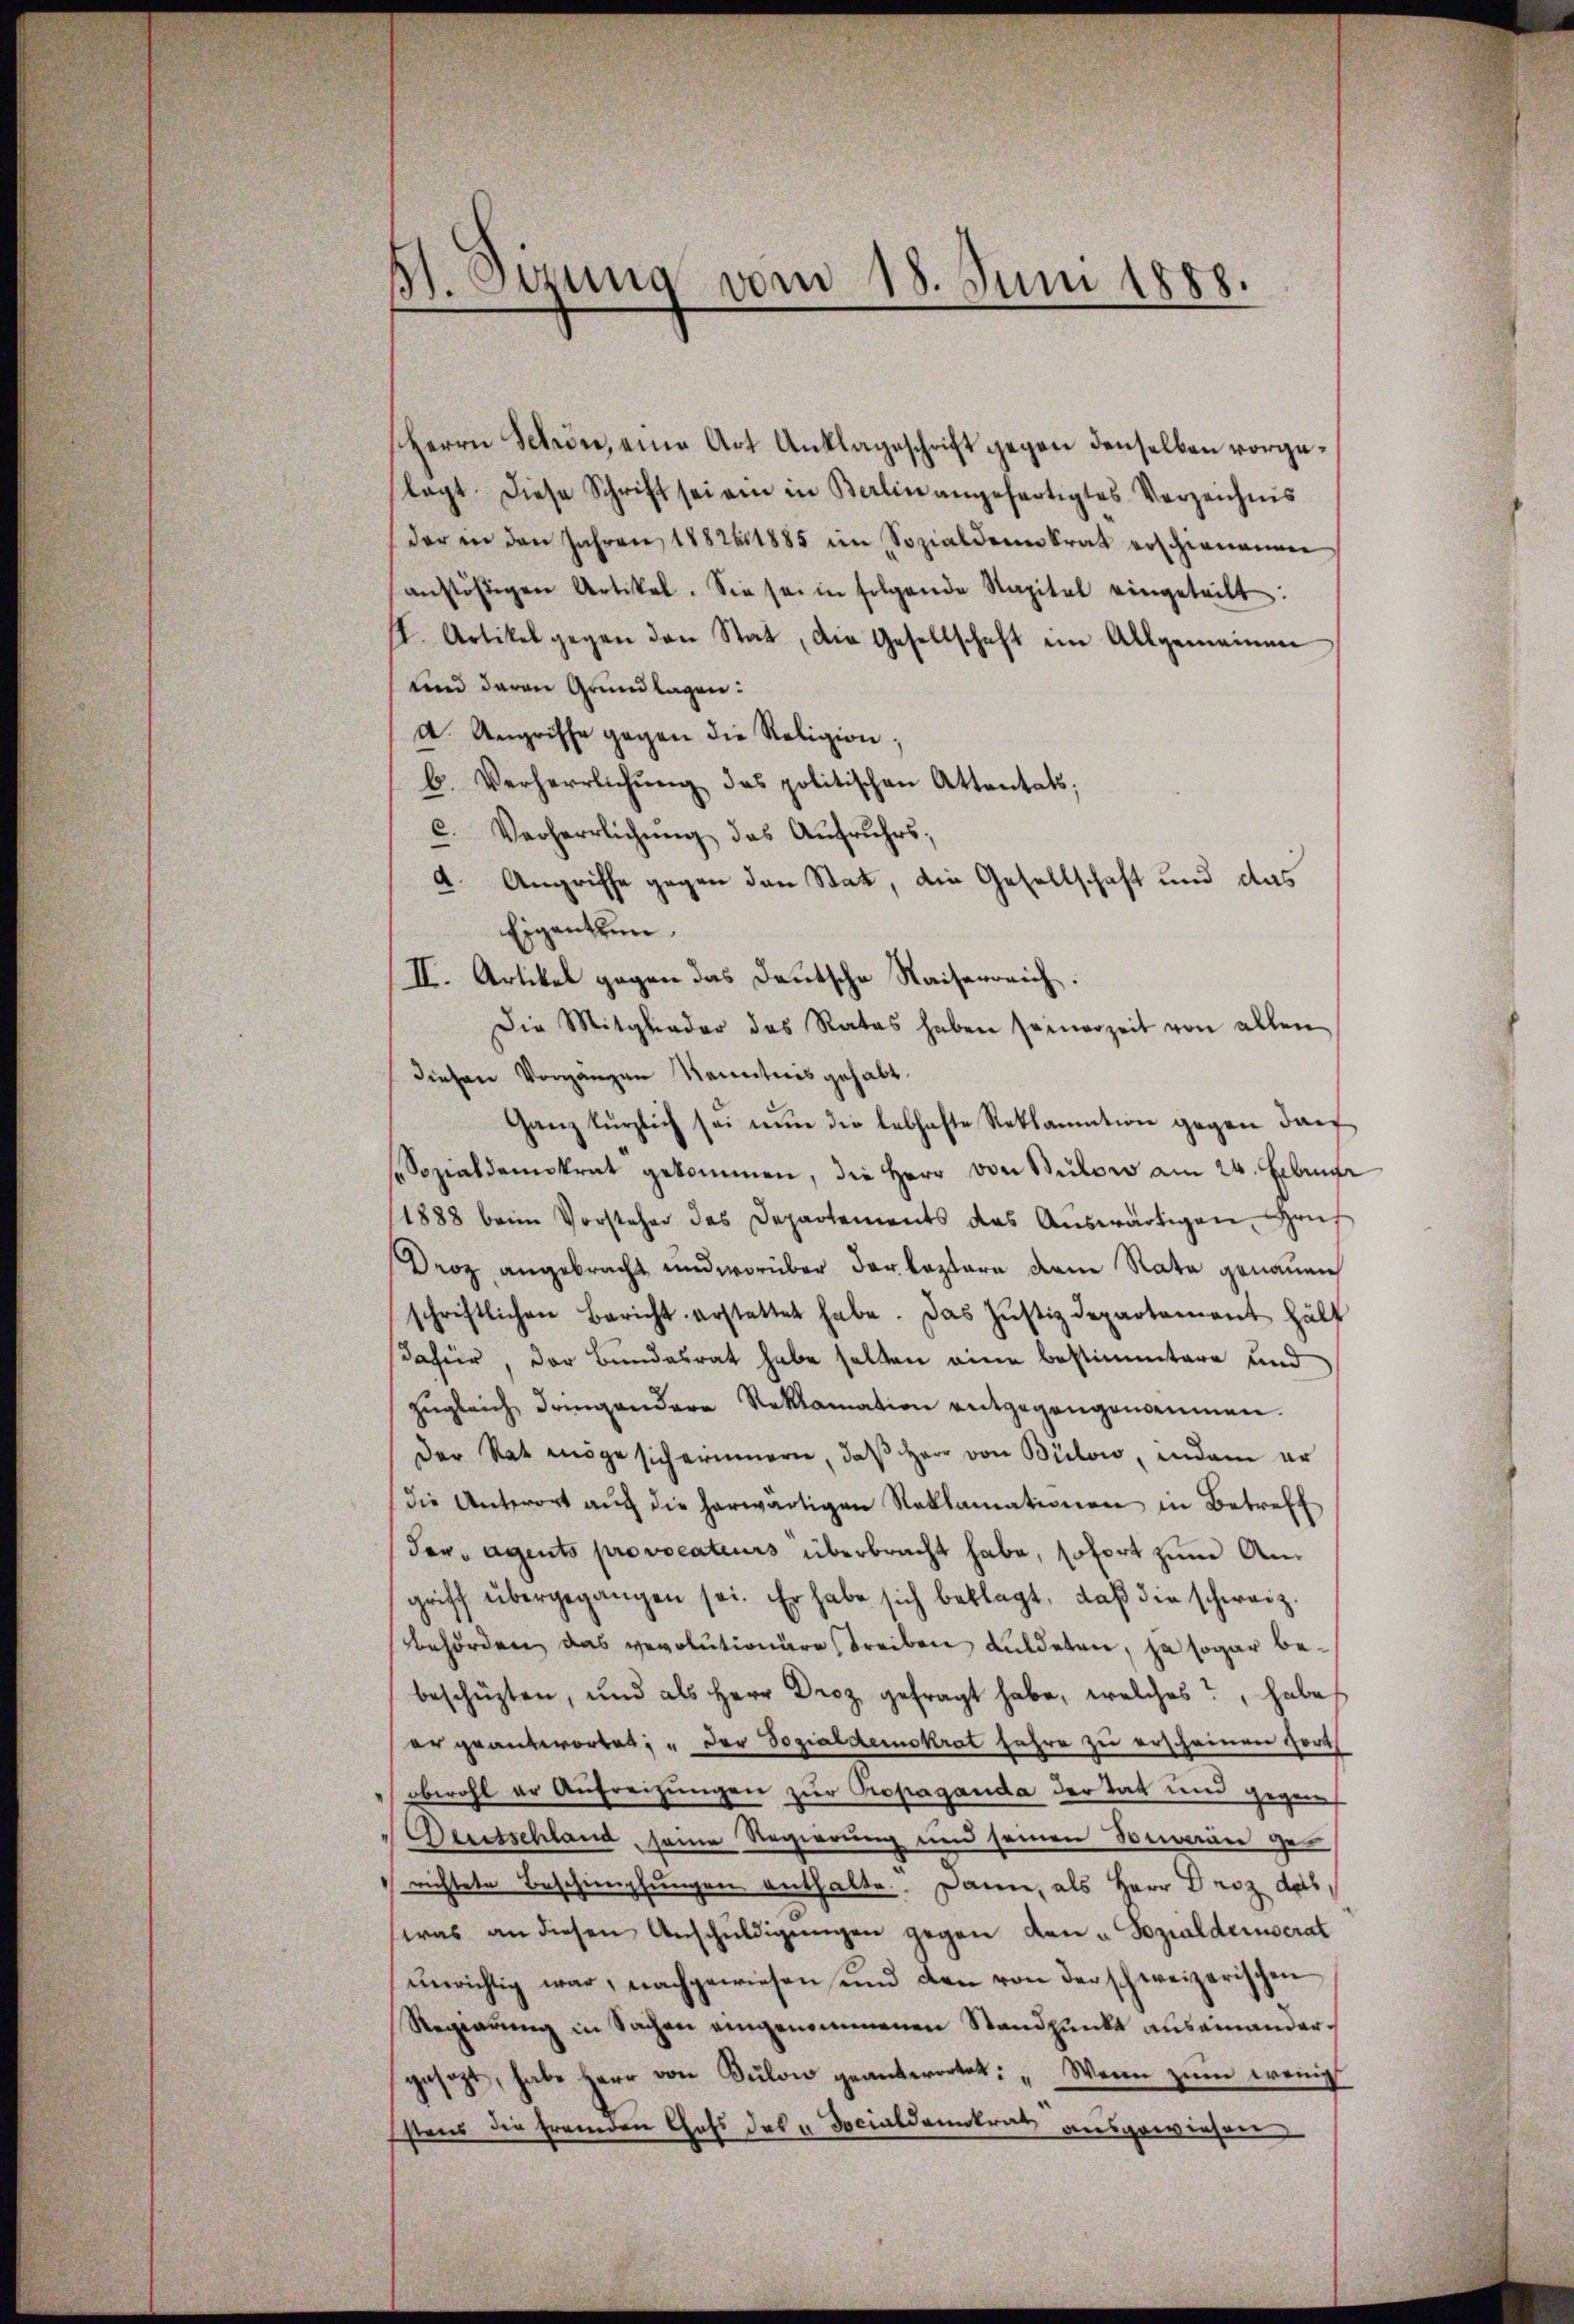
B. Sizung vom 18. Juni 1888.

Herrn Schön, eine Art Anklageschrift gegen denselben vorgetagt. Diese Schrift sei am in Berlin angefertigtes Verzeichnis
der in den Jahren 1882611885 im Sozialdemokrat erschienenen
anstößigen Artikel. Sie sei in folgende Kapital eingeteilt:
I. Artikel gegen den Stat, die Gesellschaft in Allgemeinen
und daran Grundlagen:
d. Angriffe gegen die Religion;
b. Verherrlichŭng das politischen Attentats,
c. Verherrlichŭng das Aŭfruhrs;
a. Angriffe gegen den Stat, die Gesellschaft und das
Eigentum
II. Artikel gegen das Deutsche Waiserreich.
Die Mitglieder das Rates haben seinerzeit von allen
diesen Vorgänzen Kenntnis gehabt.
Ganz kürzlich sei nŭn die lebhafte Reklamation gegen dar
Sozialdemokrat gekommen, die Herr von Sulow am 24. Februar
1888 beim Vorsteher das Departements das Aŭswärtigen Haŭs
Droz angebracht und worüber der leztere dem Rata genauen
schriftlichen Bericht erstattet habe. Das Justizdepartement hälf
dahier, der Bundesrat habe selten eine bestimmtere und
zŭgleich dringendere Reklamation entgegangenommen.
der Rat möge sich erinnern, daß Herr von Bülow, indem er
die Antwort aŭf die herwärtigen Reklamationen in Betreff
der, Agents provocateurs überbracht habe, sofort zum Angriff übergegangen sei. Er habe sich beklagt, daß die schweiz.
behörden, das vevolutionäre treiben duldeten, ja sogar bebeschüzten, und als Herr Droz. gefragt habe, welches, habe
er geantwortet: „Der Sozialdemokrat fahre zu erscheinen Fort
obwohl er Aufreizungen zur Propaganda der Tat und gegen
Beutschland, seine Regierung und seinen Souveran gerichtete Beschimpfungen enthalte. Dann, als Herr Droz das
was an diesen Anschŭldigŭngen gegen den u. Sozialderserat
ŭerichtig war, nachgewiesen und den von der schweizerischen
Regierung in Sachen eingenommenen Standpunkt auseinandergesezt, habe Herr von Bulon geantwortet: „Wenn zum wenig
stens die fremden Chefs des u. Docialdemotrat ausgewiesen